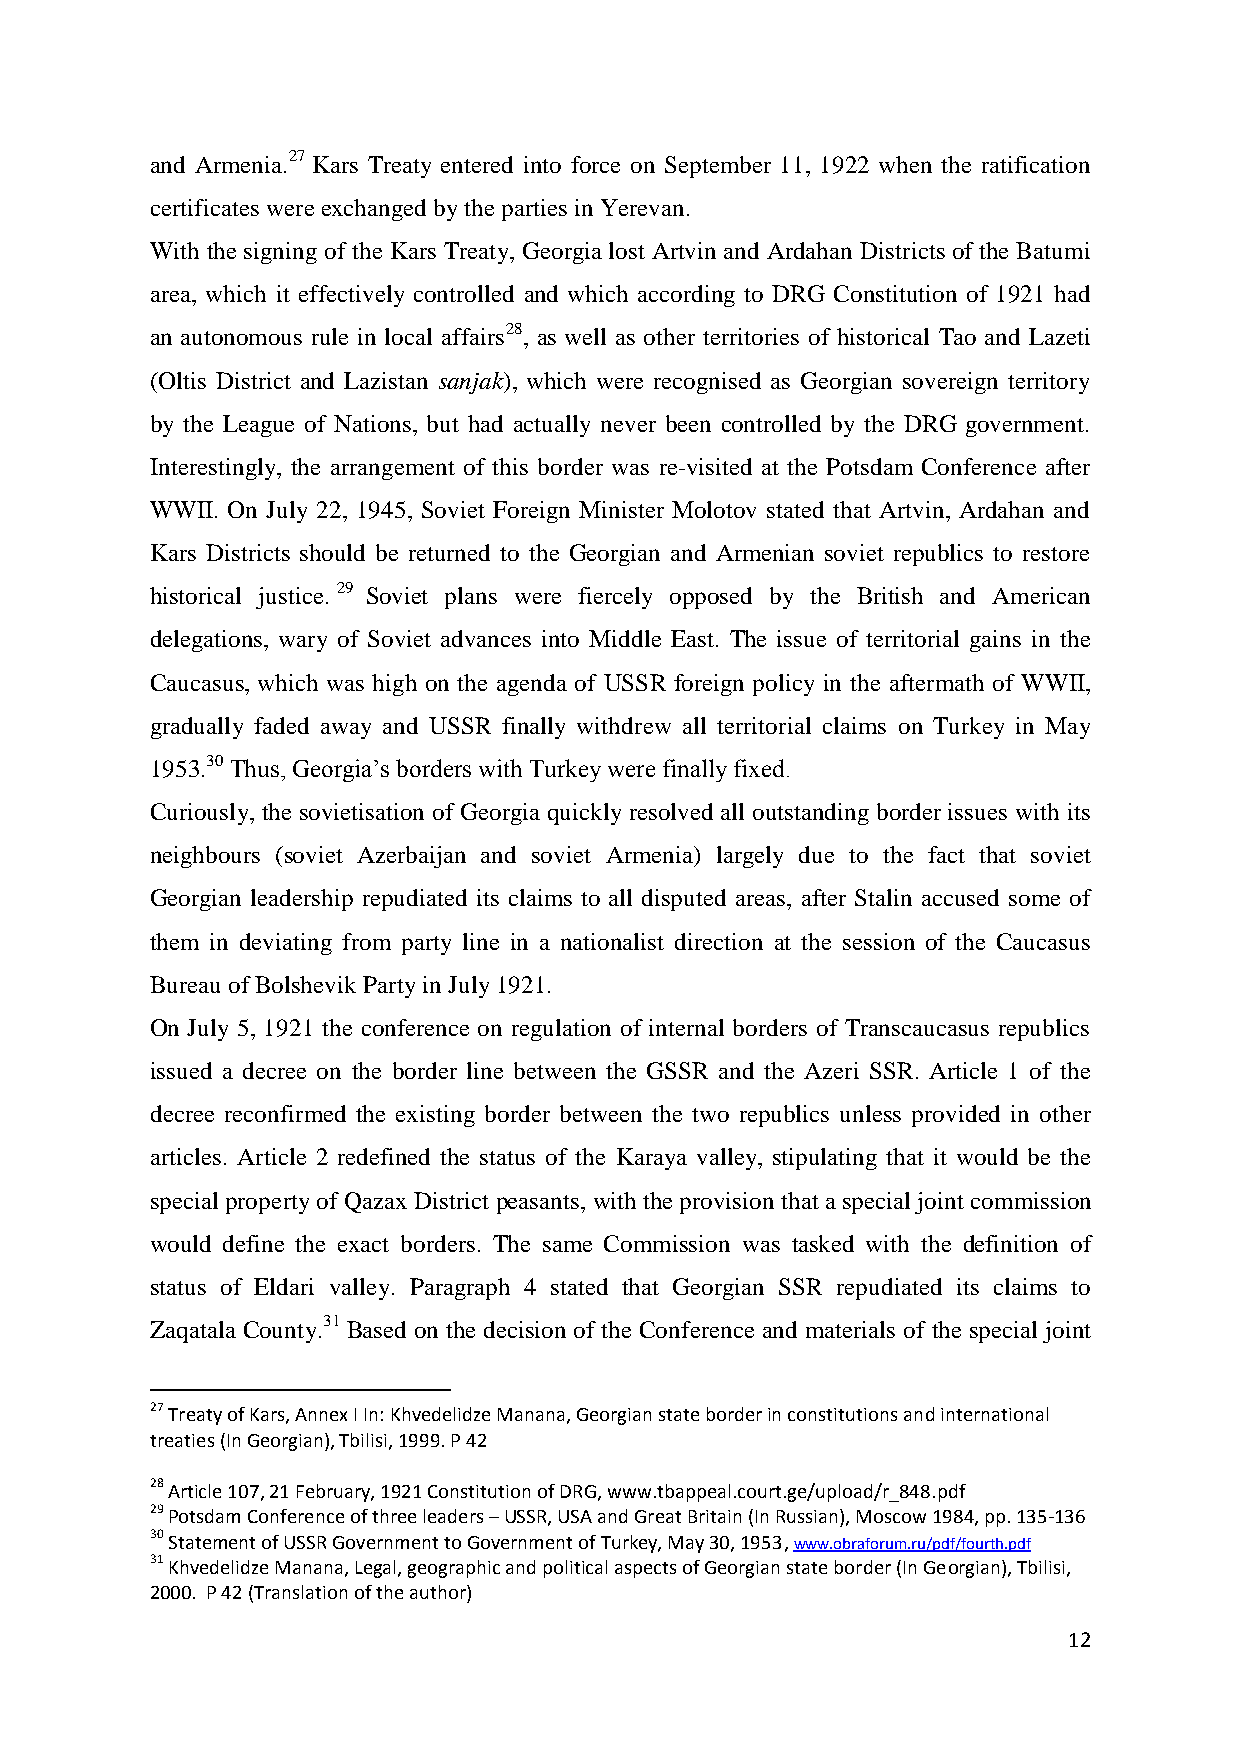
and Armenia.27 Kars Treaty entered into force on September 11, 1922 when the ratification
 certificates were exchanged by the parties in Yerevan.
 With the signing of the Kars Treaty, Georgia lost Artvin and Ardahan Districts of the Batumi
 area, which it effectively controlled and which according to DRG Constitution of 1921 had
 an autonomous rule in local affairs28, as well as other territories of historical Tao and Lazeti
 (Oltis District and Lazistan sanjak), which were recognised as Georgian sovereign territory
 by the League of Nations, but had actually never been controlled by the DRG government.
 Interestingly, the arrangement of this border was re-visited at the Potsdam Conference after
 WWII. On July 22, 1945, Soviet Foreign Minister Molotov stated that Artvin, Ardahan and
 Kars Districts should be returned to the Georgian and Armenian soviet republics to restore
 historical justice.29 Soviet plans were fiercely opposed by the British and American
 delegations, wary of Soviet advances into Middle East. The issue of territorial gains in the
 Caucasus, which was high on the agenda of USSR foreign policy in the aftermath of WWII,
 gradually faded away and USSR finally withdrew all territorial claims on Turkey in May
 1953.30 Thus, Georgia’s borders with Turkey were finally fixed.
 Curiously, the sovietisation of Georgia quickly resolved all outstanding border issues with its
 neighbours (soviet Azerbaijan and soviet Armenia) largely due to the fact that soviet
 Georgian leadership repudiated its claims to all disputed areas, after Stalin accused some of
 them in deviating from party line in a nationalist direction at the session of the Caucasus
 Bureau of Bolshevik Party in July 1921.
 On July 5, 1921 the conference on regulation of internal borders of Transcaucasus republics
 issued a decree on the border line between the GSSR and the Azeri SSR. Article 1 of the
 decree reconfirmed the existing border between the two republics unless provided in other
 articles. Article 2 redefined the status of the Karaya valley, stipulating that it would be the
 special property of Qazax District peasants, with the provision that a special joint commission
 would define the exact borders. The same Commission was tasked with the definition of
 status of Eldari valley. Paragraph 4 stated that Georgian SSR repudiated its claims to
 Zaqatala County.31 Based on the decision of the Conference and materials of the special joint
 27 Treaty of Kars, Annex I In: Khvedelidze Manana, Georgian state border in constitutions and international
 treaties (In Georgian), Tbilisi, 1999. P 42
 28 Article 107, 21 February, 1921 Constitution of DRG, www.tbappeal.court.ge/upload/r_848.pdf
 29 Potsdam Conference of three leaders – USSR, USA and Great Britain (In Russian), Moscow 1984, pp. 135-136
 30 Statement of USSR Government to Government of Turkey, May 30, 1953, www.obraforum.ru/pdf/fourth.pdf
 31 Khvedelidze Manana, Legal, geographic and political aspects of Georgian state border (In Georgian), Tbilisi,
 2000. P 42 (Translation of the author)
 12